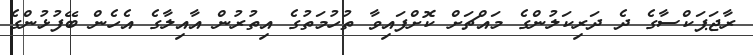
ރާޖަޕަކްސާގެ ދެ ދަރިކަލުންގެ މައްޗަށް ކޮށްފައިވާ ތުހުމަތުގެ އިތުރުން އާއިލާގެ އެހެން ބޭފުޅުންގެ